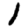
Digit: 1